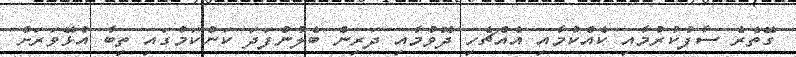
ގޭތެރެ ސާފުކުރުމާއި ކެއްކުމާއި އެއްޗެހި ދޮވުމާއި ދަރިން ބެލުންފަދަ ކަންކަމުގައި ތިބާ އުޅޭވަރަށް